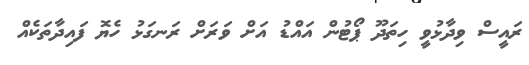
ރައީސް ވިދާޅުވީ ހިތަދޫ ޕޯޓުން އައްޑު އަށް ވަރަށް ރަނގަޅު ހެޔޮ ފައިދާތަކެއް